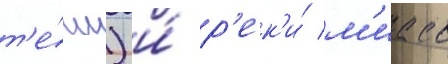
т'е́чи) и́ р'ек'и́ м'иасс